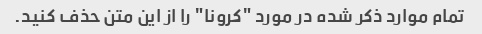
تمام موارد ذکر شده در مورد "کرونا" را از این متن حذف کنید.